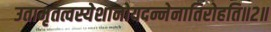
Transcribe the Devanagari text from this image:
उतामृतत्वस्येशानोयदन्नेनातिरोहति॥२॥